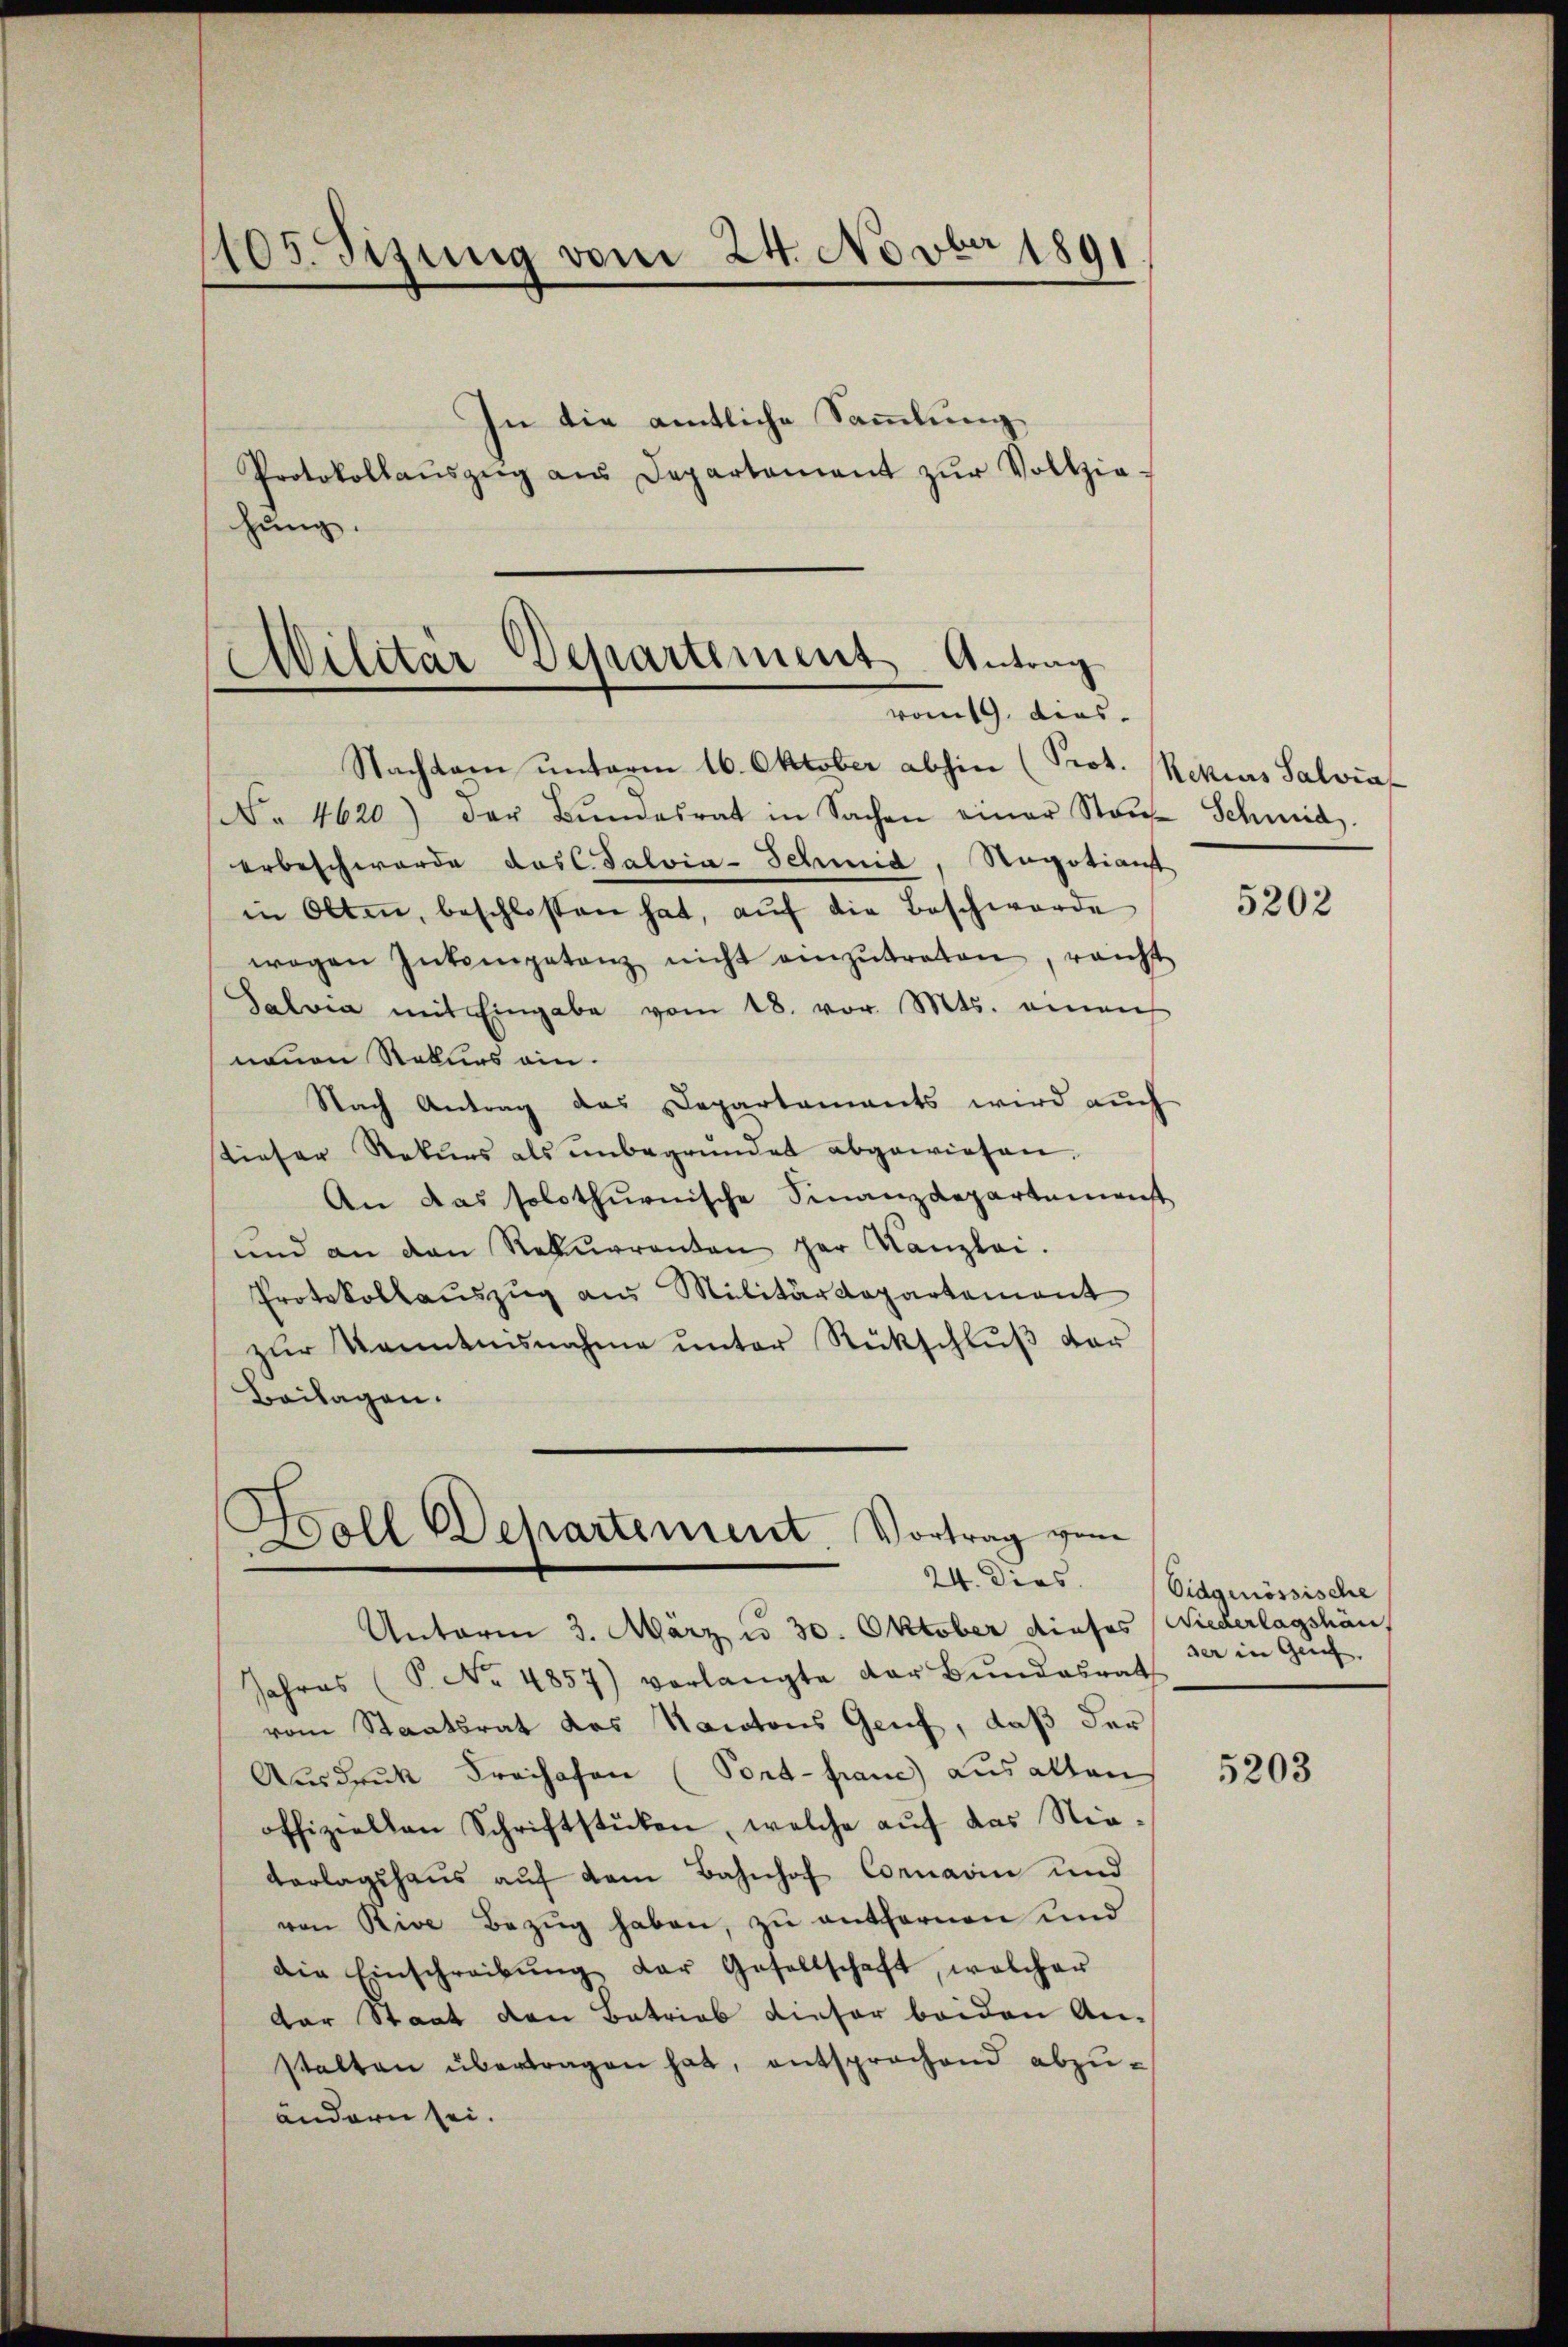
1105. Sizung vom 24. Novbr 1891

In die amtliche Sammlung
Protokollaŭszŭg aŭs Departament zŭr Vollzie-
hung.

Militär Departement Antrag
vom 19. dies¬

Nachkam unterm 16. Oktober abhin (Prot. Rezius Salvia
No 4620) der Bŭndesrat in Sachen einer Staŭe Schmid.
erbeschwerde das Salvia-Schmid, Negotians
in Olten, beschlossen hat, aŭf die Beschwerde
wegen Inkompetenz nicht einzŭtreten, reicht
Salvia mit Eingabe vom 18. vor. Mts. einen
neuen Rekurs ein.
Nach Antrag des Departaments wird auch
tieser Rekurs als ŭnbegründet abgewiesen.
An das solothurnische Finanzdepartemenst
und an den Rekurrenten der Kanzlei.
Protokollauszug aus Militärdepartement
zŭr Kenntnisnahme ŭnter Rückschlŭβ der
Beilagen.

Woll Departement, Vortrag vom

Unterm 3. März u. 30. Oktober dieses Wiederlagshäu
Jahres (S. No 4857) verlangte der Bŭndesrat
vom Staatsrat das Nanotons Genf, daß der
Ausdruck Freihafen (Port-Grane) aus allen
offiziellen Schriftstücken, welche aŭf das Nie-
Vorlagshaus aŭf dem Bahnhof Cornarin und
ven Rive Bezŭg haben, zŭ entfernen und
die Einschreibŭng der Gesellschaft, welcher
der Staat den Betrieb dieser beiden An-
stalten übertragen hat, entsprachend abzuändern sei.

5202

24. Dies. Eidgenössische
ser in Genf.

5203